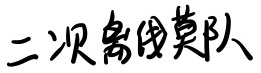
二次离线莫队